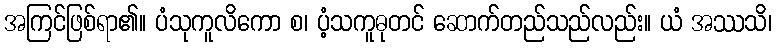
အကြင်ဖြစ်ရာ၏။ ပံသုကူလိကော စ၊ ပံ့သကူဓုတင် ဆောက်တည်သည်လည်း။ ယံ အဿသိ၊